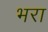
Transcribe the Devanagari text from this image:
भ्‍ारा